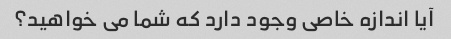
آیا اندازه خاصی وجود دارد که شما می خواهید؟